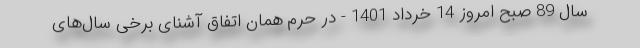
سال 89 صبح امروز 14 خرداد 1401 - در حرم همان اتفاق آشنای برخی سال‌های